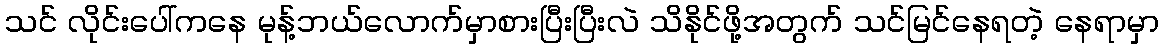
သင် လိုင်းပေါ်ကနေ မုန့်ဘယ်လောက်မှာစားပြီးပြီးလဲ သိနိုင်ဖို့အတွက် သင်မြင်နေရတဲ့ နေရာမှာ